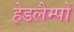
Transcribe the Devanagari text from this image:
हेडलैम्पों